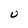
Character: U